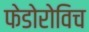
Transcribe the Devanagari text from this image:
फेडोरोविच